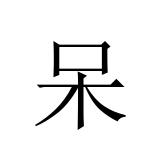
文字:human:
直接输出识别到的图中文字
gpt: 呆